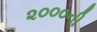
૨૦૦૦ની